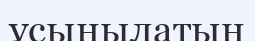
ұсынылатын